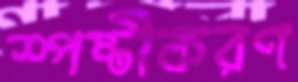
স্পষ্টীকরণ